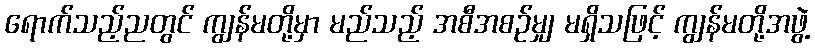
ရောက်သည့်ညတွင် ကျွန်မတို့မှာ မည်သည့် အစီအစဉ်မျှ မရှိသဖြင့် ကျွန်မတို့အဖွဲ့